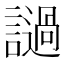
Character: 𲁺